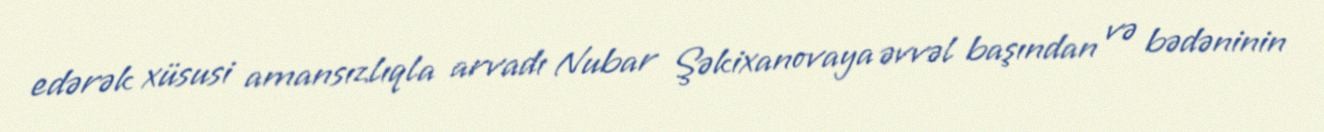
edərək xüsusi amansızlıqla arvadı Nubar Şəkixanovaya əvvəl başından və bədəninin